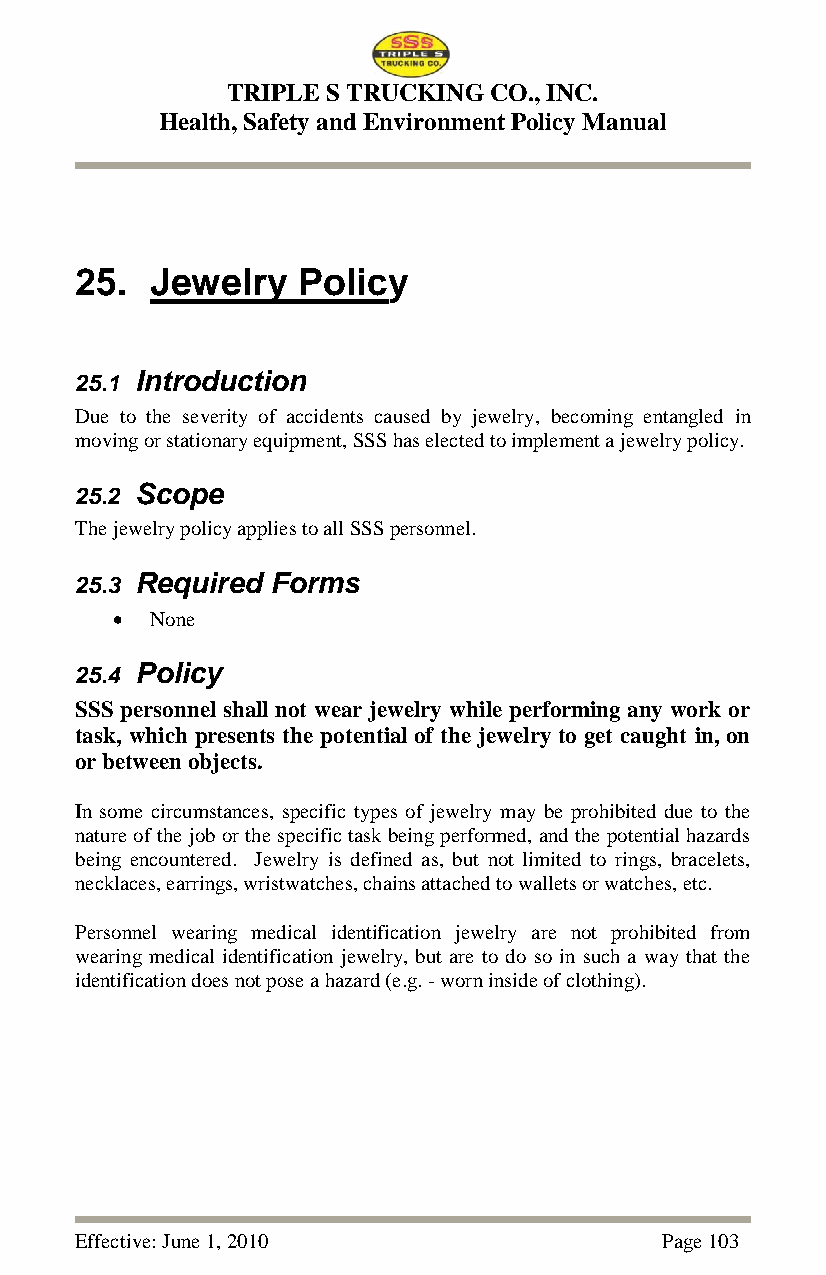
TRIPLE S TRUCKING CO., INC.
 Health, Safety and Environment Policy Manual
 25.  Jewelry   Policy
 25.1 Introduction
 Due to the severity of accidents caused by jewelry, becoming entangled in
 moving or stationary equipment, SSS has elected to implement a jewelry policy.
 25.2 Scope
 The jewelry policy applies to all SSS personnel.
 25.3 Required Forms
   None
 25.4 Policy
 SSS personnel shall not wear jewelry while performing any work or
 task, which presents the potential of the jewelry to get caught in, on
 or between objects.
 In some circumstances, specific types of jewelry may be prohibited due to the
 nature of the job or the specific task being performed, and the potential hazards
 being encountered. Jewelry is defined as, but not limited to rings, bracelets,
 necklaces, earrings, wristwatches, chains attached to wallets or watches, etc.
 Personnel wearing medical identification jewelry are not prohibited from
 wearing medical identification jewelry, but are to do so in such a way that the
 identification does not pose a hazard (e.g. - worn inside of clothing).
 Effective: June 1, 2010                Page 103